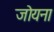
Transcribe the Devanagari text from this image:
जोयना